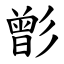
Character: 㣒